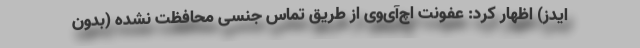
ایدز) اظهار کرد: عفونت اچ‌‌آی‌‌وی از طریق تماس جنسی محافظت نشده (بدون